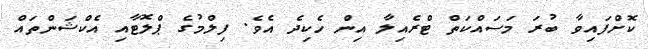
ކޮށްފައިވާ ބުރަ މަސައްކަތް ޓްރެއިލާ އިން ހެކިދެ އެވެ. ފިލްމުގެ ޕްލޮޓާއި އެކްޝަންތައް